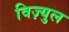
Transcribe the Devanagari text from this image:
विज़्युल